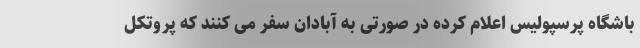
باشگاه پرسپولیس اعلام کرده در صورتی به آبادان سفر می کنند که پروتکل